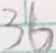
3 6